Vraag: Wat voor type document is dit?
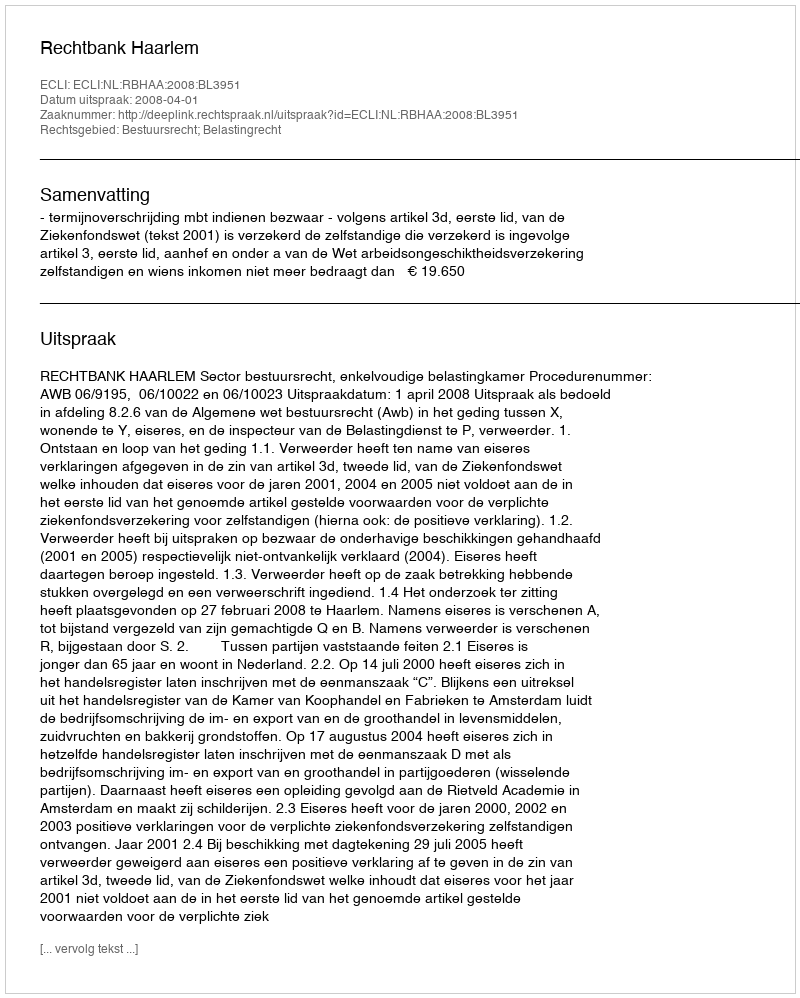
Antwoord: Uitspraak